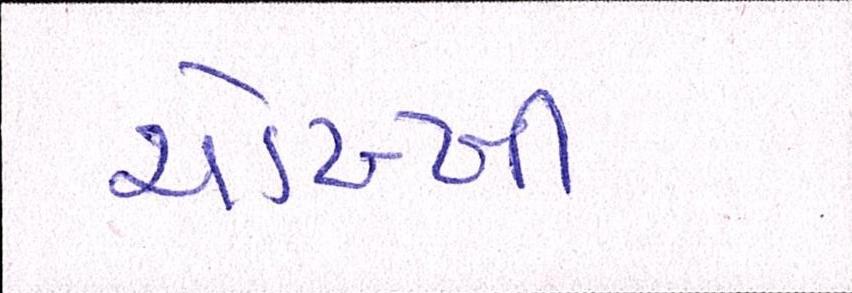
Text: ચોખ્ખી